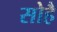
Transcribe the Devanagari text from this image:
सोहै